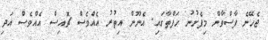
ޖެހޭނެ ފާސްވާން މިފެށުނު ހަފްތާގައި. އެނޫން އިތުރު އެއްވެސް ޗޮއިސް އެއްވެސް އަދި